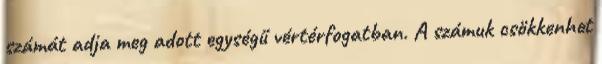
számát adja meg adott egységű vértérfogatban. A számuk csökkenhet